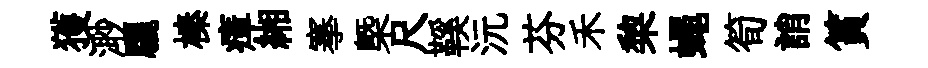
獲𣺌驪榛瘴緗搴㮣尺鞵沅芬禾棃蠅筍誚篔